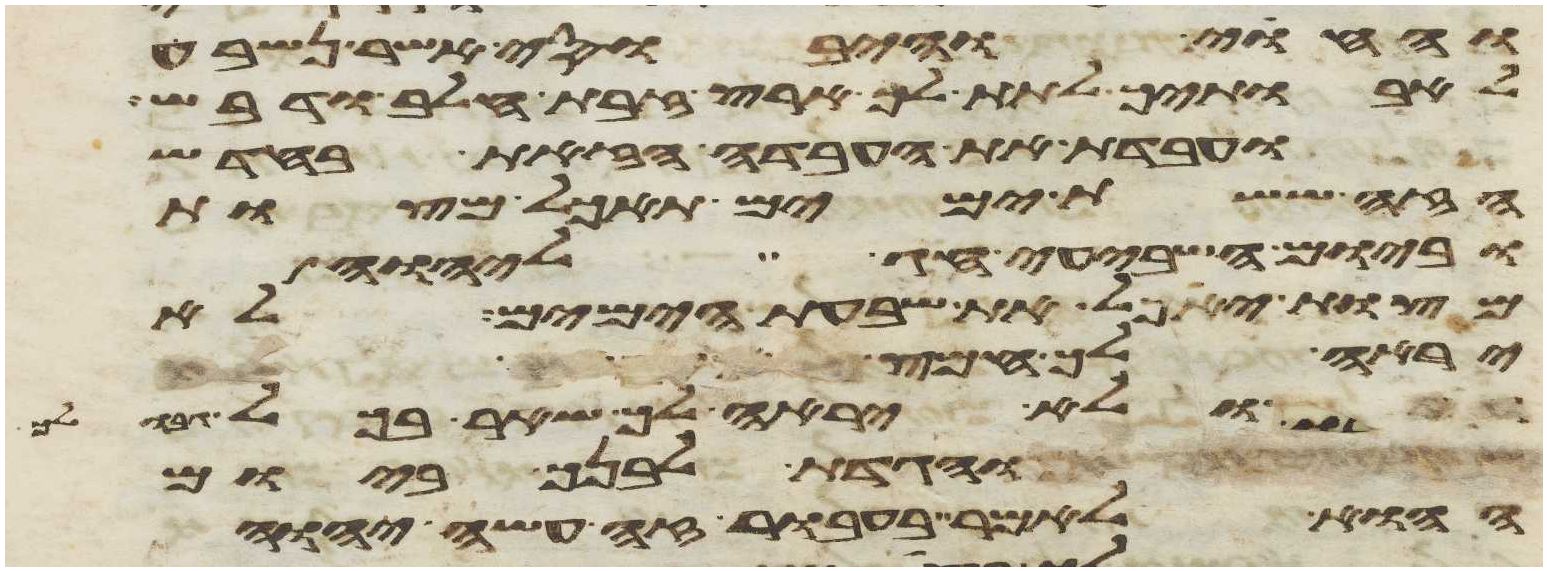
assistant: והחוי והיבוסי אשר נשבע
לאבתיך לתת לך ארץ זבת חלב ודבש
ועבדת את העבדה הזאת בחדש
הזה ששת ימים תאכל מצות
וביום השביעי חג ליהוה
מצות יאכל את שבעת הימים לא
יראה לך חמץ
ולא יראה לך שאר בכל
והגדת לבנך ביום
ההוא לאמר בעבור זה עשה יהוה